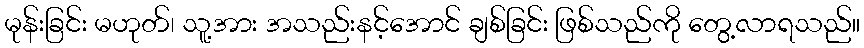
မုန်းခြင်း မဟုတ်၊ သူ့အား အသည်းနင့်အောင် ချစ်ခြင်း ဖြစ်သည်ကို တွေ့လာရသည်။